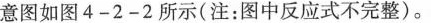
意图如图4-2-2所示(注：图中反应式不完整)。